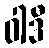
ဝါဒီ